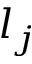
l _ { j }